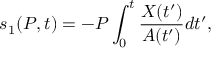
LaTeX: s _ { 1 } ( P , t ) = - P \int _ { 0 } ^ { t } \frac { X ( t ^ { \prime } ) } { A ( t ^ { \prime } ) } d t ^ { \prime } ,